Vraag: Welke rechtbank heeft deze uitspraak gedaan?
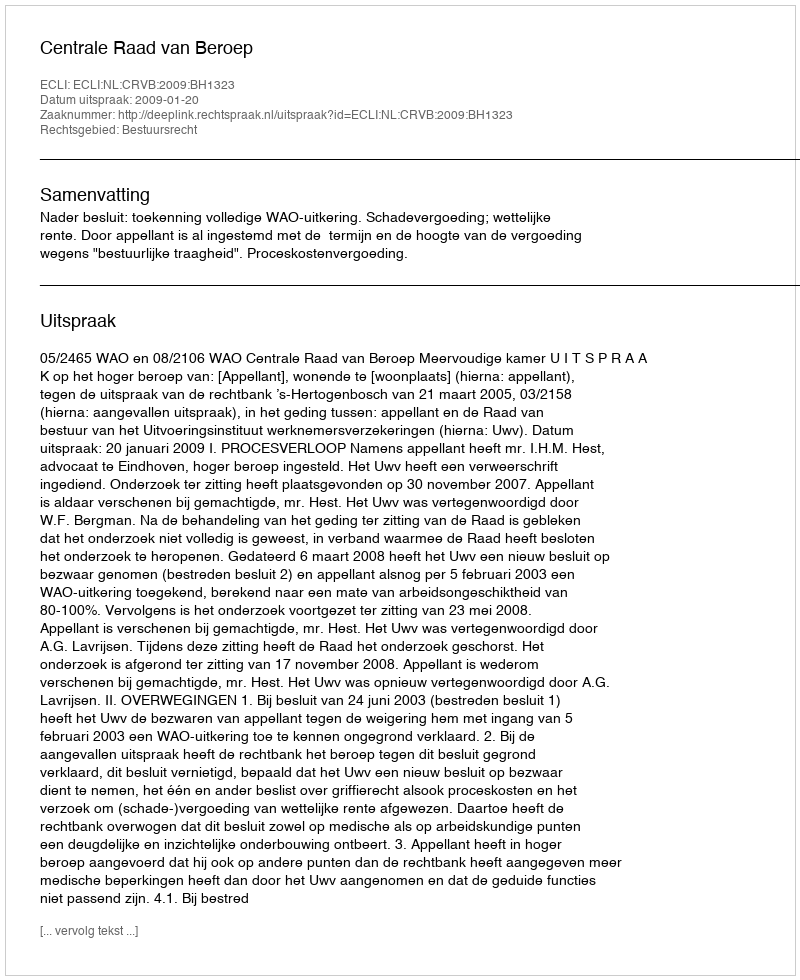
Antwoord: Centrale Raad van Beroep